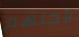
لأجلهم